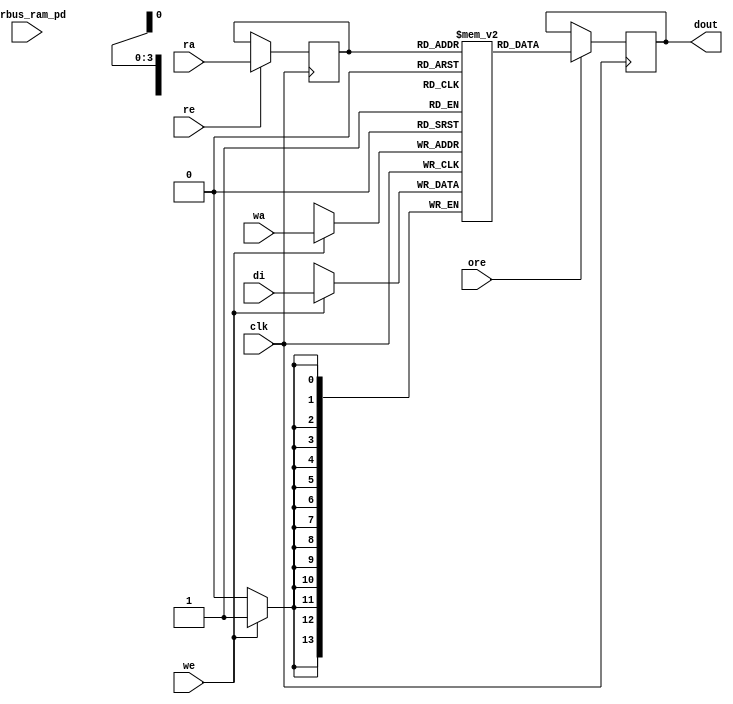
module nv_ram_rwsp_16x14 (
  clk,
  ra,
  re,
  ore,
  dout,
  wa,
  we,
  di,
  pwrbus_ram_pd
);
parameter FORCE_CONTENTION_ASSERTION_RESET_ACTIVE=1'b0;
// port list
input clk;
input [3:0] ra;
input re;
input ore;
output [13:0] dout;
input [3:0] wa;
input we;
input [13:0] di;
input [31:0] pwrbus_ram_pd;
//reg and wire list
reg [3:0] ra_d;
wire [13:0] dout;
reg [13:0] M [15:0];
always @( posedge clk ) begin
    if (we)
       M[wa] <= di;
end
always @( posedge clk ) begin
    if (re)
       ra_d <= ra;
end
wire [13:0] dout_ram = M[ra_d];
reg [13:0] dout_r;
always @( posedge clk ) begin
   if (ore)
       dout_r <= dout_ram;
end
assign dout = dout_r;
endmodule